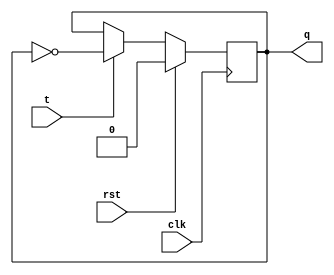
module tff(clk,rst,t,q);
output q;
reg q;
input clk,rst,t;
always @(posedge clk)
begin
if(rst)
q<=1'b0;
else
if(t)
q<=~q;
else
q<=q;
end
endmodule